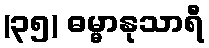
(၃၅) ဓမ္မာနုသာရီ